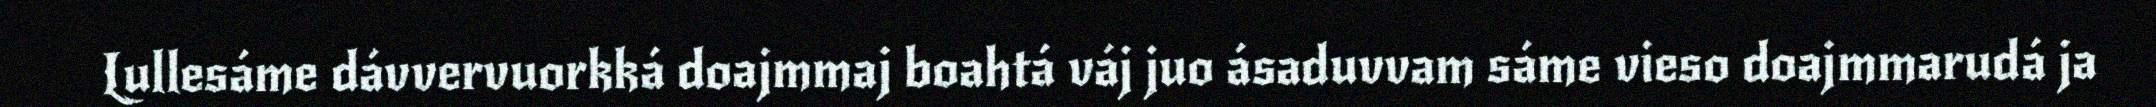
Lullesáme dávvervuorkká doajmmaj boahtá váj juo ásaduvvam sáme vieso doajmmarudá ja